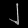
Digit: ၂